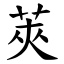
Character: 莢